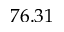
7 6 . 3 1